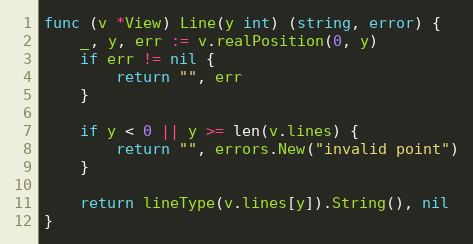
Language: Go
func (v *View) Line(y int) (string, error) {
	_, y, err := v.realPosition(0, y)
	if err != nil {
		return "", err
	}

	if y < 0 || y >= len(v.lines) {
		return "", errors.New("invalid point")
	}

	return lineType(v.lines[y]).String(), nil
}